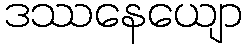
ဒဿနေယျော